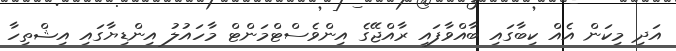
އަދި މިކަން އެއް ކިބާގައި ބާއްވާފައި ރާއްޖޭގެ އިންވެސްޓްމަންޓް މާހައުލު އިންޑިޔާގައި އިޝްތިހާ